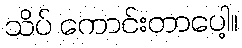
သိပ် ကောင်းတာပေါ့။